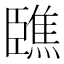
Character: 𦣳